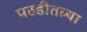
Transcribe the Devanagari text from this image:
पठडीतल्या